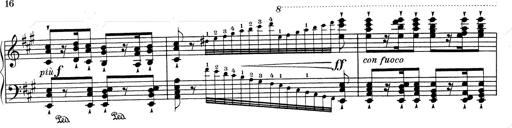
Title: RÃ©miniscences de Don Juan
Composer: Franz Liszt